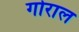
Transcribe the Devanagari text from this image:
गोराल